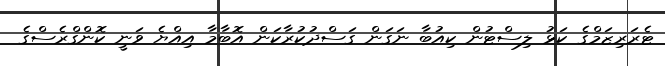
ޓެރަރިޒަމްގެ ކަޅު ލިސްޓުން ކިއުބާ ނަގަން ގަސްދުކުރާކަން އޮބާމާ އިއްޔެ ވަނީ ކޮންގްރެސްގެ